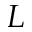
L